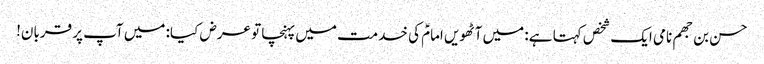
حسن بن جھم نامی ایک شخص کہتا ہے: میں آٹھویں امامؑ کی خدمت میں پہنچا تو عرض کیا: میں آپ پر قربان!